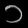
Digit: ၁